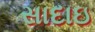
સાદાઇ